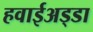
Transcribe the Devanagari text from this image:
हवाईअड्‍डा